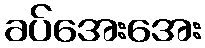
ခပ်အေးအေး